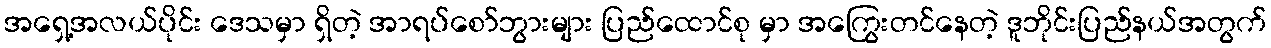
အရှေ့အလယ်ပိုင်း ဒေသမှာ ရှိတဲ့ အာရပ်စော်ဘွားများ ပြည်ထောင်စု မှာ အကြွေးတင်နေတဲ့ ဒူဘိုင်းပြည်နယ်အတွက်